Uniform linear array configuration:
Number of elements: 48
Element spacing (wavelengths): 1
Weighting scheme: blackman
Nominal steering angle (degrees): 30
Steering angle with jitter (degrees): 28.245
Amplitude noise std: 0.05
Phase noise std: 0.05

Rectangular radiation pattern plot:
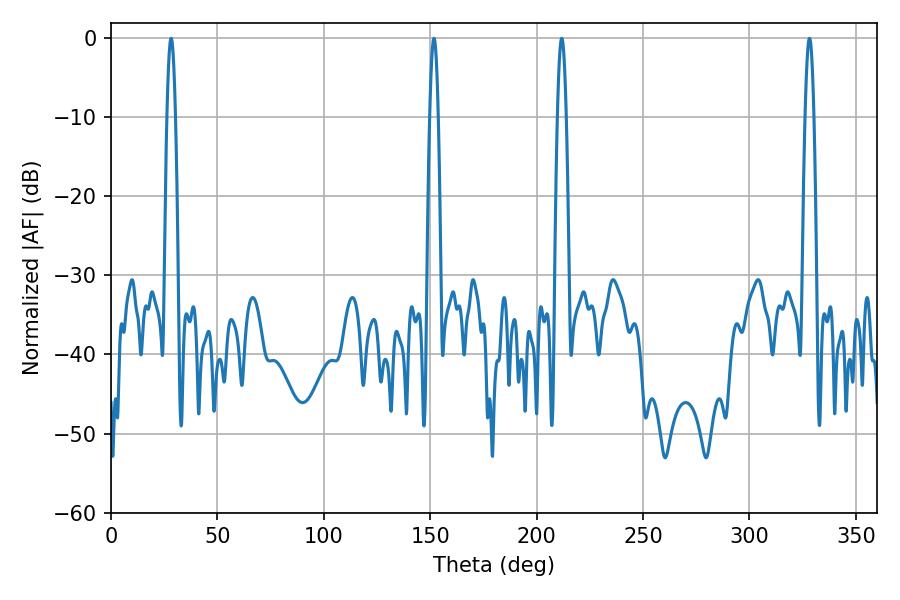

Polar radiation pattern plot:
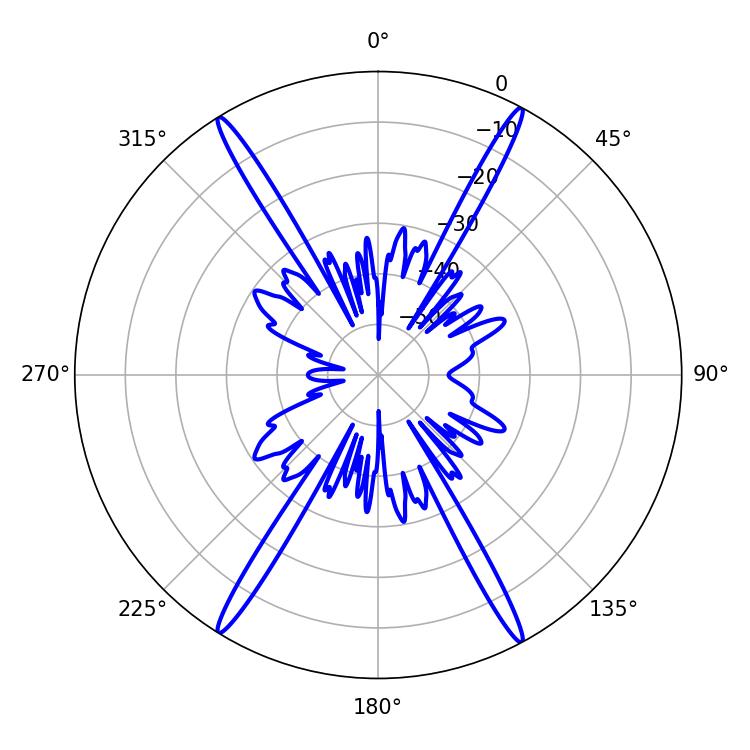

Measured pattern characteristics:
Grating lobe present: TRUE
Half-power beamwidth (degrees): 2.16
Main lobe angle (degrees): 28.26